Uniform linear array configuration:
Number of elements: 16
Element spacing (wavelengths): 0.25
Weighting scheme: uniform
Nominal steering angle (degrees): -15
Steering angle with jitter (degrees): -16.303
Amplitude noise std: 0.05
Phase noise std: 0.05

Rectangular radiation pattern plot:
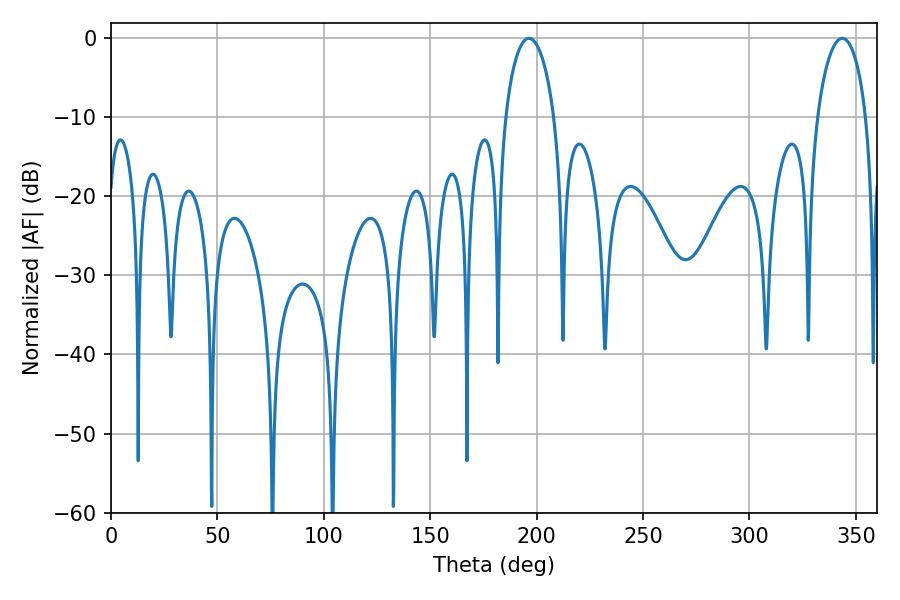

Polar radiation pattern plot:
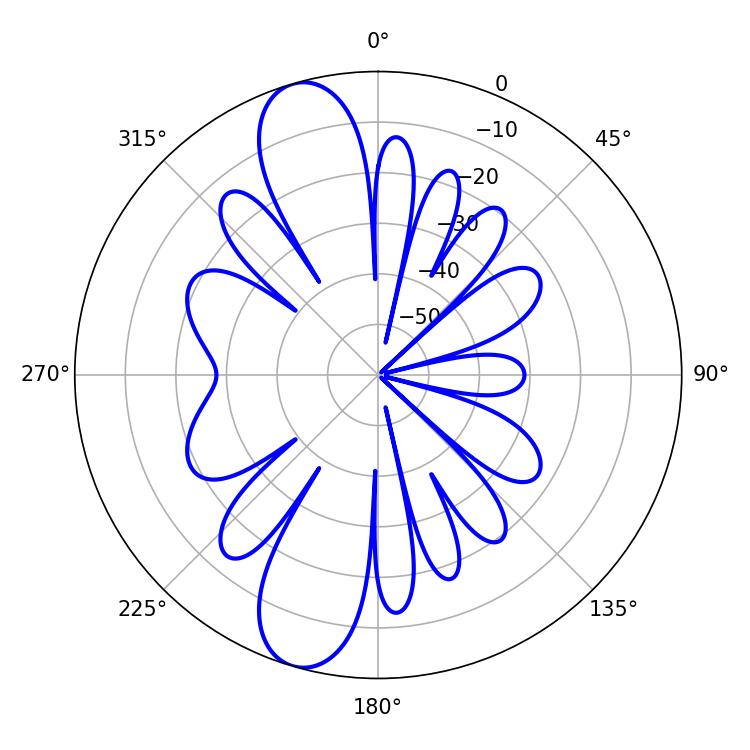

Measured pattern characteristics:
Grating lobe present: FALSE
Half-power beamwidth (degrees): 13.14
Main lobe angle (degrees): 196.38